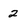
Character: 2